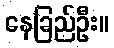
နေခြည်ဦး။